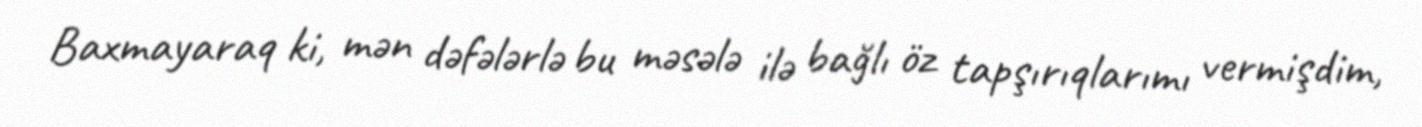
Baxmayaraq ki, mən dəfələrlə bu məsələ ilə bağlı öz tapşırıqlarımı vermişdim,